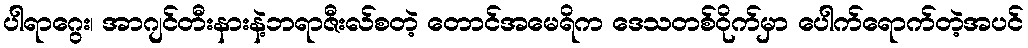
ပါရာဂွေး၊ အာဂျင်တီးနားနဲ့ဘရာဇီးလ်စတဲ့ တောင်အမေရိက ဒေသတစ်ဝိုက်မှာ ပေါက်ရောက်တဲ့အပင်